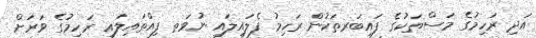
އަދި ރަހިމުގެ މަސްތަކުގެ ފައިބަރތަކުން ރަހިމު ފެލައިލައި ނުވަތ ފިއްތައިލައި ރަހިމުގެ ވަރަށް